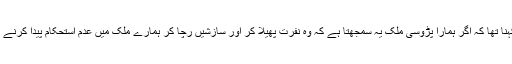
پاکستان کا نام لیے بغیر بھارتی وزیرِ اعظم کا کہنا تھا کہ اگر ہمارا پڑوسی ملک یہ سمجھتا ہے کہ وہ نفرت پھیلا کر اور سازشیں رچا کر ہمارے ملک میں عدم استحکام پیدا کرنے میں کامیاب ہو جائے گا تو یہ اس کی بھول ہے۔